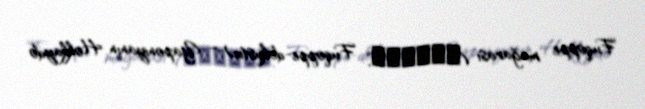
Fuqoppe mağarası (フゴッペ洞窟, Fuqoppe-dokustu) – Yaponiyanın Hokkaydo